Report of the Indian Hemp Drugs Commission, 1894-1895 - Volume IV
Year: 1894
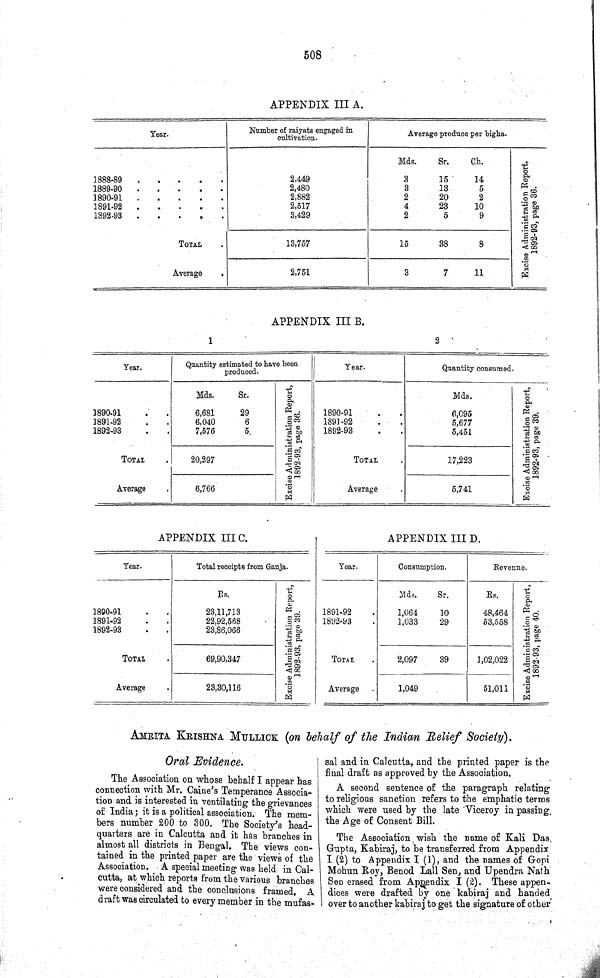
508
APPENDIX III A.
Year.
Number of raiyats engaged in
cultivation.
Average produce per bigha.
Mds.
Sr.
Ch.
Excise Administration Report,
1892-93, page 36.
1888-89
2,449
3
15
14
Excise Administration Report,
1892-93, page 36.
1889-90
2,480
3
13
5
Excise Administration Report,
1892-93, page 36.
1890-91
2,882
2
20
2
Excise Administration Report,
1892-93, page 36.
1891-92
2,517
4
23
10
Excise Administration Report,
1892-93, page 36.
1892-93
3,429
2
5
9
Excise Administration Report,
1892-93, page 36.
TOTAL
13,757
15
38
8
Excise Administration Report,
1892-93, page 36.
Average
2,751
3
7
11
Excise Administration Report,
1892-93, page 36.
APPENDIX III B.
1
2
Year.
Quantity estimated to have been
produced.
Year.
Quantity consumed
Excise Administration Report,
1892-93, page 39.
Year.
Quantity estimated to have been
produced.
Year.
Quantity consumed
Excise Administration Report,
1892-93, page 39.
Mds.
Sr.
Excise Administration Report,
1892-93 page 36.
Mds.
Excise Administration Report,
1892-93, page 39.
1890-91
6,681
29
Excise Administration Report,
1892-93 page 36.
1890-91
6,095
Excise Administration Report,
1892-93, page 39.
1891-92
6,040
6
Excise Administration Report,
1892-93 page 36.
1891-92
5,677
Excise Administration Report,
1892-93, page 39.
1892-93
7,576
5
Excise Administration Report,
1892-93 page 36.
1892-93
5,451
Excise Administration Report,
1892-93, page 39.
TOTAL
20,297
Excise Administration Report,
1892-93 page 36.
TOTAL
17,223
Excise Administration Report,
1892-93, page 39.
Average
6,766
Excise Administration Report,
1892-93 page 36.
Average
5,741
Excise Administration Report,
1892-93, page 39.
APPENDIX III C.
Year.
Total receipts from Ganja.
Rs.
Excise Administration Report,
1892-93, page 39.
1890-91
23,11,713
Excise Administration Report,
1892-93, page 39.
1891-92
22,92,568
Excise Administration Report,
1892-93, page 39.
1892-93
23,86,066
Excise Administration Report,
1892-93, page 39.
TOTAL
69,90,347
Excise Administration Report,
1892-93, page 39.
Average
23,30,116
Excise Administration Report,
1892-93, page 39.
APPENDIX III D.
Year.
Consumption.
Revenue.
Mds.
Sr.
Rs.
Excise Administration Report,
1892-93, page 40.
1891-92
1,064
10
48,464
Excise Administration Report,
1892-93, page 40.
1892-93
1,033
29
53,558
Excise Administration Report,
1892-93, page 40.
TOTAL
2,097
39
1,02,022
Excise Administration Report,
1892-93, page 40.
Average
1,049
51,011
Excise Administration Report,
1892-93, page 40.
AMRITA KRISHNA MULLICK (on behalf of the Indian Relief Society).
Oral Evidence.
The Association on whose behalf I appear has
connection with Mr. Caine's Temperance Associa-
tion and is interested in ventilating the grievances
of India; it is a political association. The mem-
bers number 200 to 300. The Society's head-
quarters are in Calcutta and it has branches in
almost all districts in Bengal. The views con-
tained in the printed paper are the views of the
Association. A special meeting was held in Cal-
cutta, at which reports from the various branches
were considered and the conclusions framed. A
draft was circulated to every member in the mufas-
sal and in Calcutta, and the printed paper is the
final draft as approved by the Association.
A second sentence of the paragraph relating
to religious sanction refers to the emphatic terms
which were used by the late Viceroy in passing
the Age of Consent Bill.
The Association wish the name of Kali Das,
Gupta, Kabiraj, to be transferred from Appendix
I (2) to Appendix I (1), and the names of Gopi
Mohun Roy, Benod Lall Sen, and Upendra Nath
Sen erased from Appendix I (2). These appen-
dices were drafted by one kabiraj and handed
over to another kabiraj to get the signature of other